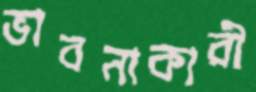
ভাবনাকারী